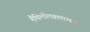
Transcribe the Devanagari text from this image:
मैथिलीलक्ष्मणाभ्याम्।